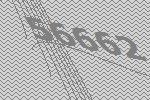
56662